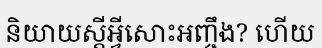
និយាយស្តីអ្វីសោះអញ្ចឹង? ហើយ